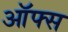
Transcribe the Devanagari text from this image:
ऑफ्स